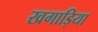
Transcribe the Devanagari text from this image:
खगाड़िया